Document type: Sale
Year: 1209
Scribe: Arnau de Torre
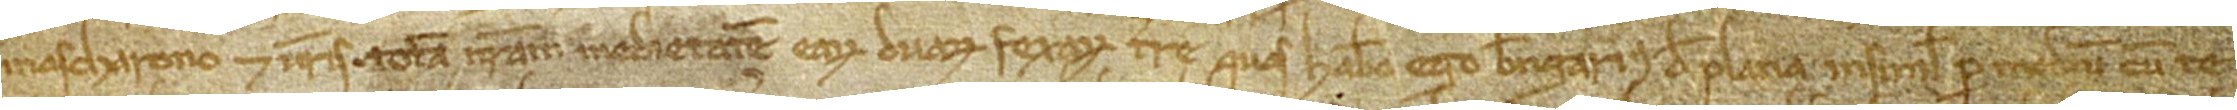
Mascharono et vestris totam nostram medietatem earum duarum fexarum terre quas habeo ego Berengarius de Plana insimul per medium cum te